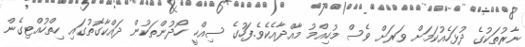
ނާރުތަކުގެ ދުޅަހެއުކަމަށް ވަރަށް ވެސް މުހިއްމު މާއްދާއެކެވެ.ފަހުގެ ސިއްހީ ހޯދުންތަކުން ދައްކާގޮތުގައި ހިތްހުއްޓިގެން